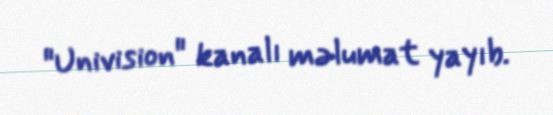
"Univision" kanalı məlumat yayıb.